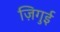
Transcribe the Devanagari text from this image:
ज़िगुई